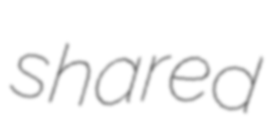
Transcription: shared